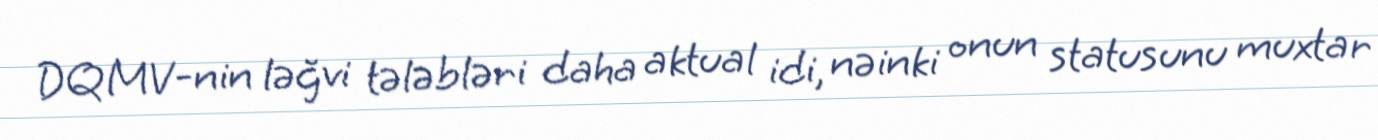
DQMV-nin ləğvi tələbləri daha aktual idi, nəinki onun statusunu muxtar